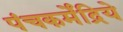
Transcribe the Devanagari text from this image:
पंचकर्मेंद्रिये